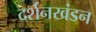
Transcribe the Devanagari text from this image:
दर्शनखंडन